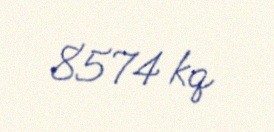
8574 kq